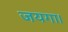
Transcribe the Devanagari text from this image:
जयगा।